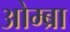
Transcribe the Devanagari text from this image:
ओम्ब्रा